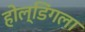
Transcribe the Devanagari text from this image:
होल्डिंगला